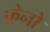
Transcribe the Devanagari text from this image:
फ़ेनो